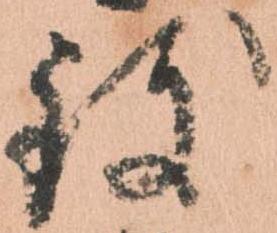
致